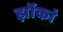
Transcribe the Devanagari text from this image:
झोंकां